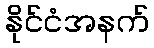
နိုင်ငံအနက်